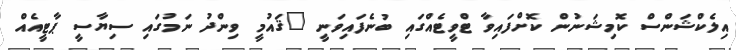
އިލެކްޝަންސް ކޮމިޝަނުން ކޮށްފައިވާ ޓްވީޓެއްގައި ބުނެފައިވަނީ "ޤައުމީ ވިންދު ނަމުގައި ސިޔާސީ ޕާޓީއެއް